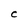
Character: C